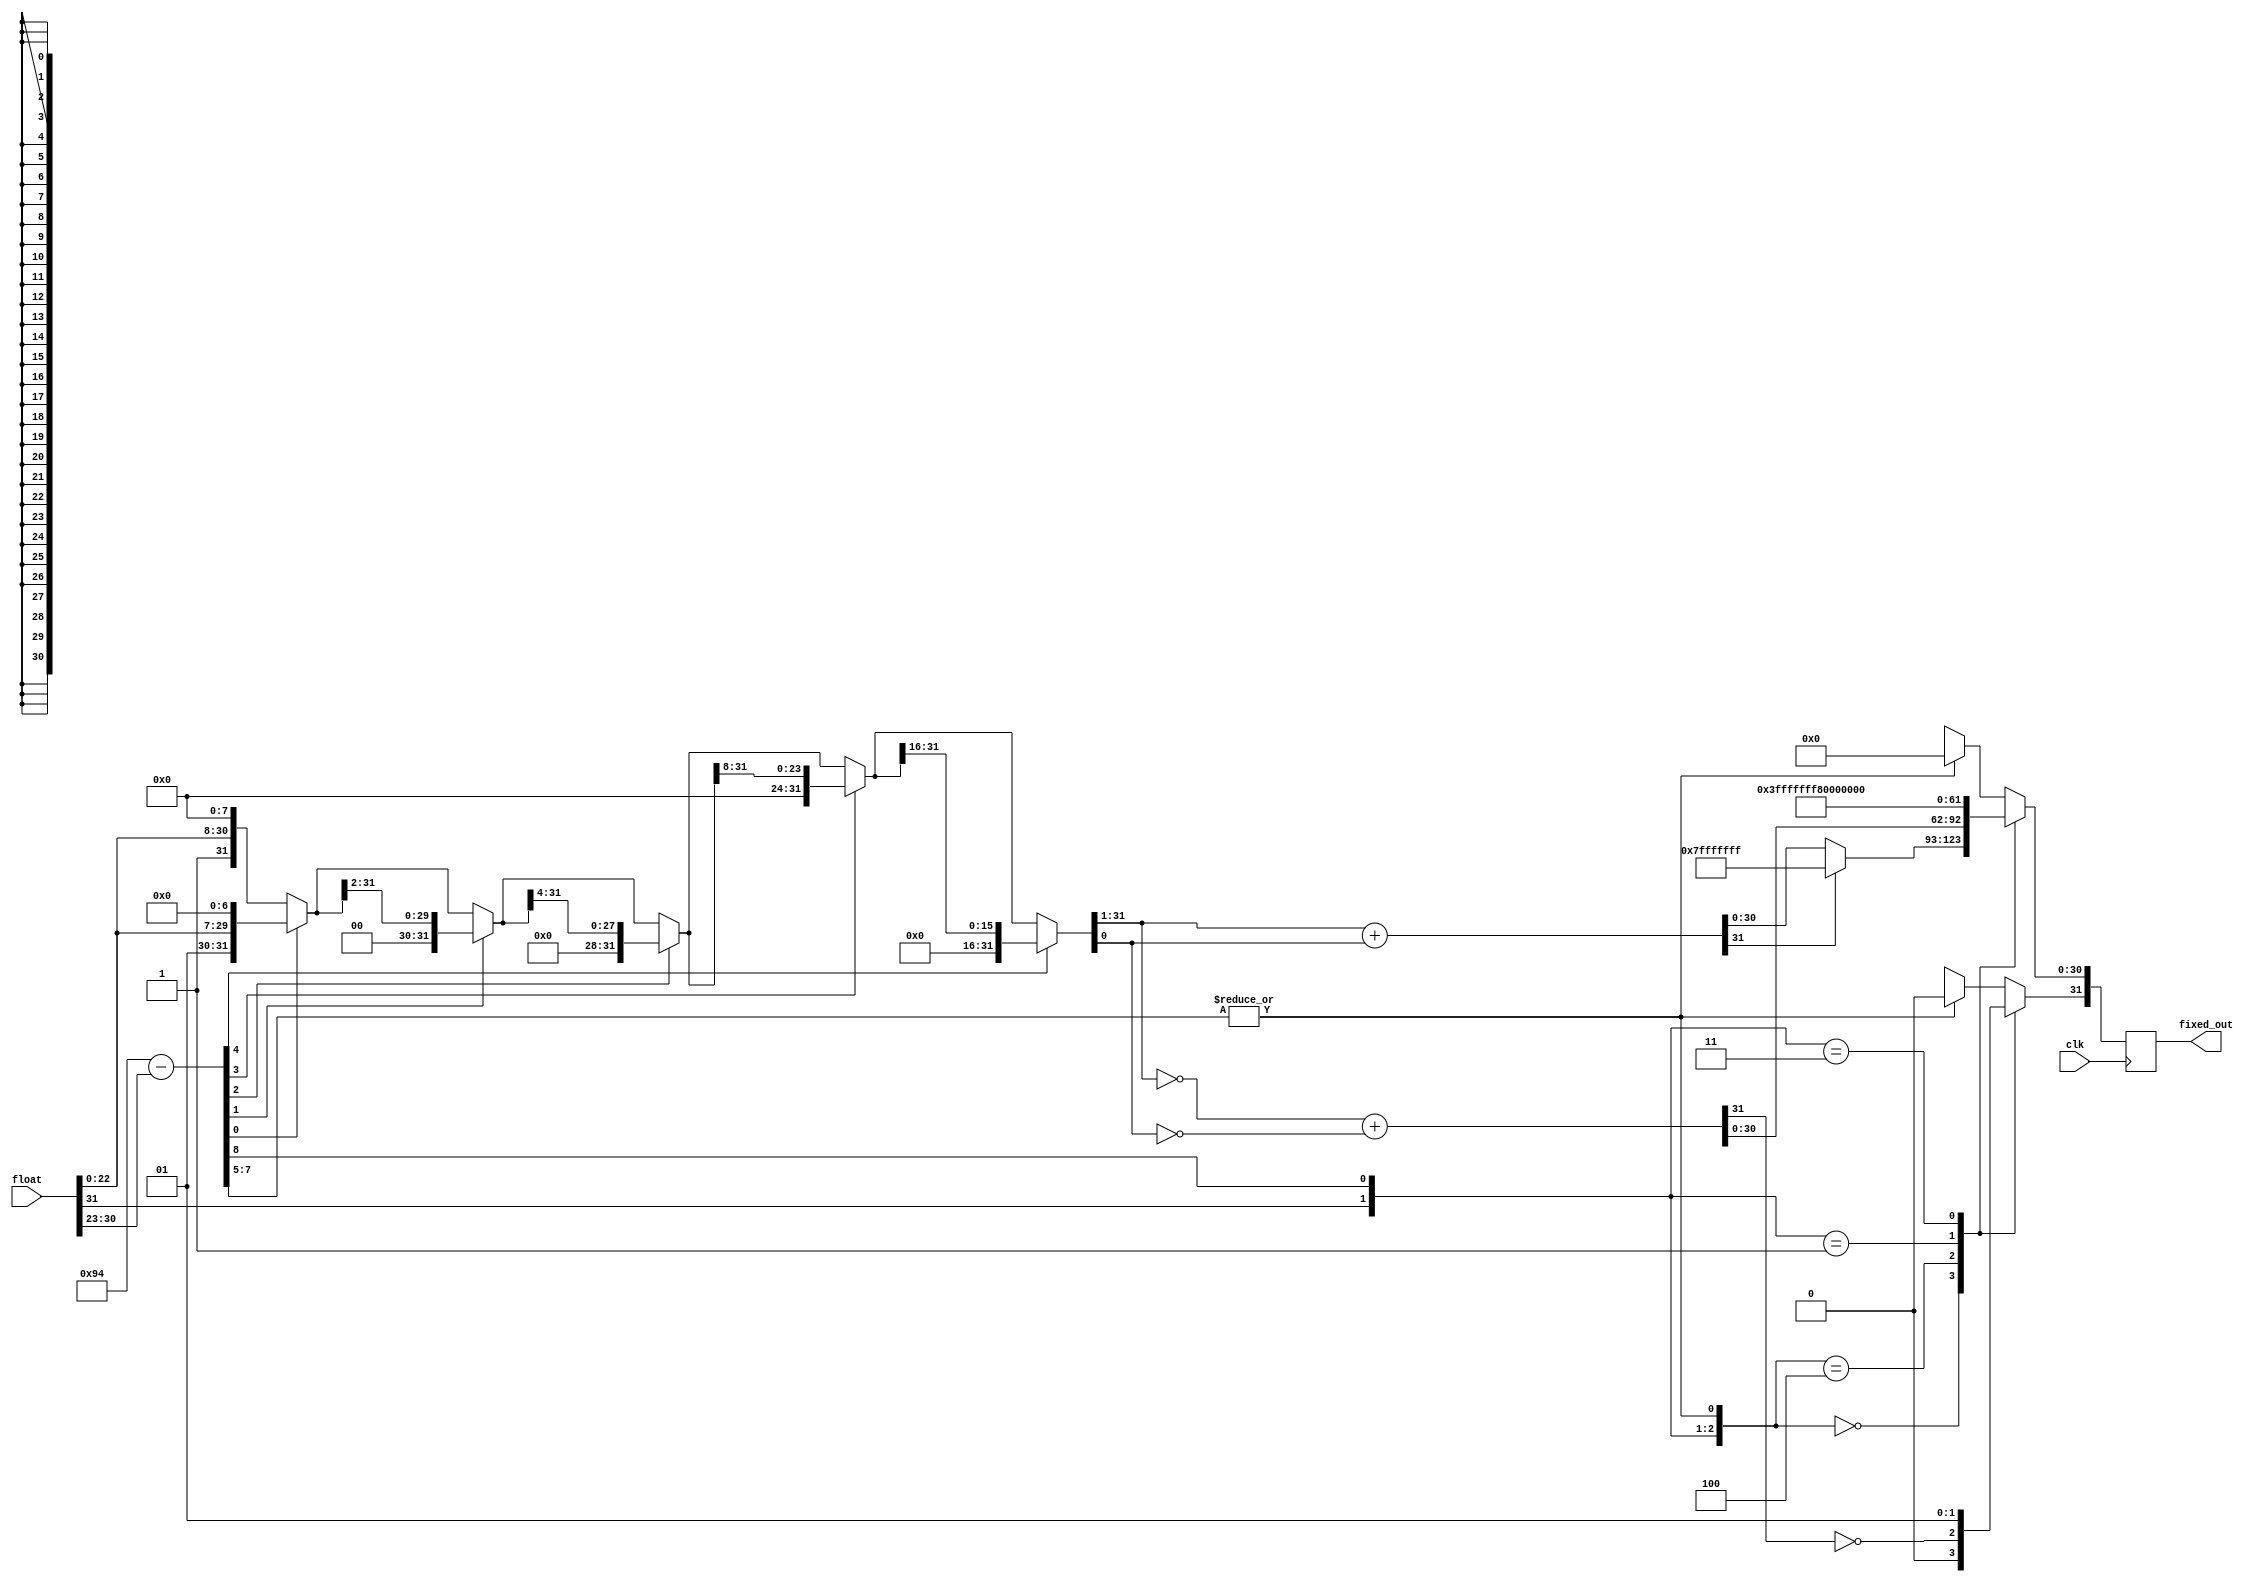
module flt_fx_uv
	(
	input 		clk,
	input [31:0]	float,
	output reg [31:0]	fixed_out
	);
  reg [31:0]	fixed;
  wire [30:0]	fixed_pos;
  reg [30:0]	fixed_pos_bar;
  wire [31:0]	fixed_pos_2;
  wire [31:0]	fixed_pos_3;
  wire [8:0]	shift;
  wire		big,tiny;
  wire		cin;
  reg		cin_bar;
  wire		cout;
  reg		neg_ovfl_mask;
  assign	shift = 8'h94 - float[30:23];
  assign	big = shift[8];
  assign	tiny = |(shift[7:5]);
  assign {fixed_pos, cin} = lsr32({1'b1, float[22:0],8'b0}, shift[4:0]);
  always @(fixed_pos or cin or big or tiny or float) begin
    cin_bar = ~cin;
    fixed_pos_bar = ~fixed_pos;
    casex ({float[31],big,tiny}) 
      3'b000: begin 
	fixed = fixed_pos + cin;
	if (fixed[31])
	  fixed = 32'h7fffffff;
      end 
      3'b100: begin 
	fixed = fixed_pos_bar + cin_bar;
	fixed[31] = ~fixed[31];
      end 
      3'b01x: 
	fixed = 32'h7fffffff;
      3'b11x: 
	fixed = 32'h80000000;
      3'bxx1: 
	fixed = 32'h0;
    endcase 
  end 
  always @(posedge clk) fixed_out <= fixed;
  function [31:0] lsr32;
    input [31:0] a;
    input [4:0]	 s;
    reg [4:0]	 s1;
    reg [31:0]	 a1;
    reg [31:0]	 a2;
    reg [31:0]	 a4;
    reg [31:0]	 a8;
    reg [31:0]	 a16;
  begin
    if (s[0])
      a1 = {1'b0, a[31:1]};
    else
      a1 = a;
    if (s[1])
      a2 = {{2{1'b0}}, a1[31:2]};
    else
      a2 = a1;
    if (s[2])
      a4 = {{4{1'b0}}, a2[31:4]};
    else
      a4 = a2;
    if (s[3])
      a8 = {{8{1'b0}}, a4[31:8]};
    else
      a8 = a4;
    if (s[4])
      a16 = {{16{1'b0}}, a8[31:16]};
    else
      a16 = a8;
    lsr32 = a16;
  end
  endfunction 
endmodule